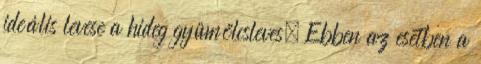
ideális levese a hideg gyümölcsleves. Ebben az esetben a